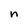
Character: n